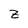
Character: z